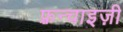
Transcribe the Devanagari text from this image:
फ़्रन्चाइज़ी